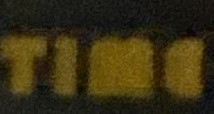
Time